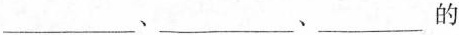
___、___﹑___的